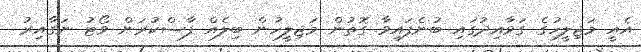
އެއީ މަޖިލީހުގެ ގަވާއިދުގައި ބުނެފައިވާ ގޮތުން މަޖިލީހުން ބިލެއް ފާސްކުރަން ވޯޓު ނަގާއިރު